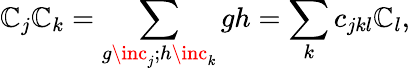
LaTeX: \mathbb{C}_{j}\mathbb{C}_{k}=\sum_{g\inc_{j};h\inc_{k}}gh=\sum_{k}c_{jkl}\mathbb{C}_{l},